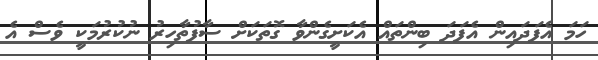
ހަމަ އެފަދައިން އެފަދަ ބިންތައް އެކަށީގެންވާ ގޮތަކަށް ސާފުތާހިރު ނުކުރުމަކީ ވެސް އެ